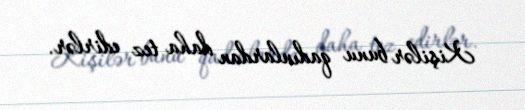
Kişilər bunu qadınlardan daha tez edirlər.